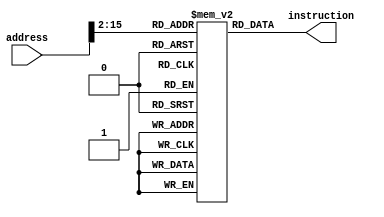
module InstructionMem(input [31:0] address, output [31:0] instruction);
  reg [31:0] instructions [16383:0];
  integer i;
  initial begin
    for (i = 0 ; i <= 16383 ; i = i + 1) instructions[i] = {6'b000000, 26'b0};
		  instructions[0] = 32'b10001100000000010000001111101000;// lw r1,r0,1000
	    instructions[1] = 32'b00000000011000010001000000101010;// slt r2,r3,r1
	    instructions[2] = 32'b00000000000000000000000000000000;// nop
	    instructions[3] = 32'b00010000000000100000000000000001;// beq r2,r0,1
	    instructions[4] = 32'b00000000000000010001100000100000;// add r3,r1,r0
	    
	    instructions[5] = 32'b10001100000000010000001111101001;// lw r1,r0,1001
	    instructions[6] = 32'b00000000011000010001000000101010;// slt r2,r3,r1
	    instructions[7] = 32'b00000000000000000000000000000000;// nop
	    instructions[8] = 32'b00010000000000100000000000000001;// beq r2,r0,1
	    instructions[9] = 32'b00000000000000010001100000100000;// add r3,r1,r0
	    
	    instructions[10] = 32'b10001100000000010000001111101010;// lw r1,r0,1002
	    instructions[11] = 32'b00000000011000010001000000101010;// slt r2,r3,r1
	    instructions[12] = 32'b00000000000000000000000000000000;// nop
	    instructions[13] = 32'b00010000000000100000000000000001;// beq r2,r0,1
	    instructions[14] = 32'b00000000000000010001100000100000;// add r3,r1,r0
	    
	    instructions[15] = 32'b10001100000000010000001111101011;// lw r1,r0,1003
	    instructions[16] = 32'b00000000011000010001000000101010;// slt r2,r3,r1
	    instructions[17] = 32'b00000000000000000000000000000000;// nop
	    instructions[18] = 32'b00010000000000100000000000000001;// beq r2,r0,1
	    instructions[19] = 32'b00000000000000010001100000100000;// add r3,r1,r0
	    
	    instructions[20] = 32'b10001100000000010000001111101100;// lw r1,r0,1004
	    instructions[21] = 32'b00000000011000010001000000101010;// slt r2,r3,r1
	    instructions[22] = 32'b00000000000000000000000000000000;// nop
	    instructions[23] = 32'b00010000000000100000000000000001;// beq r2,r0,1
	    instructions[24] = 32'b00000000000000010001100000100000;// add r3,r1,r0
	    
	    instructions[25] = 32'b10001100000000010000001111101101;// lw r1,r0,1005
	    instructions[26] = 32'b00000000011000010001000000101010;// slt r2,r3,r1
	    instructions[27] = 32'b00000000000000000000000000000000;// nop
	    instructions[28] = 32'b00010000000000100000000000000001;// beq r2,r0,1
	    instructions[29] = 32'b00000000000000010001100000100000;// add r3,r1,r0
	    
	    instructions[30] = 32'b10001100000000010000001111101110;// lw r1,r0,1006
	    instructions[31] = 32'b00000000011000010001000000101010;// slt r2,r3,r1
	    instructions[32] = 32'b00000000000000000000000000000000;// nop
	    instructions[33] = 32'b00010000000000100000000000000001;// beq r2,r0,1
	    instructions[34] = 32'b00000000000000010001100000100000;// add r3,r1,r0
	    
	    instructions[35] = 32'b10001100000000010000001111101111;// lw r1,r0,1007
	    instructions[36] = 32'b00000000011000010001000000101010;// slt r2,r3,r1
	    instructions[37] = 32'b00000000000000000000000000000000;// nop
	    instructions[38] = 32'b00010000000000100000000000000001;// beq r2,r0,1
	    instructions[39] = 32'b00000000000000010001100000100000;// add r3,r1,r0
	    
	    instructions[40] = 32'b10001100000000010000001111110000;// lw r1,r0,1008
	    instructions[41] = 32'b00000000011000010001000000101010;// slt r2,r3,r1
	    instructions[42] = 32'b00000000000000000000000000000000;// nop
	    instructions[43] = 32'b00010000000000100000000000000001;// beq r2,r0,1
	    instructions[44] = 32'b00000000000000010001100000100000;// add r3,r1,r0
	    
	    instructions[45] = 32'b10001100000000010000001111110001;// lw r1,r0,1009
	    instructions[46] = 32'b00000000011000010001000000101010;// slt r2,r3,r1
	    instructions[47] = 32'b00000000000000000000000000000000;// nop
	    instructions[48] = 32'b00010000000000100000000000000001;// beq r2,r0,1
	    instructions[49] = 32'b00000000000000010001100000100000;// add r3,r1,r0
	    
  end
  assign instruction = instructions[address[15:2]];
endmodule